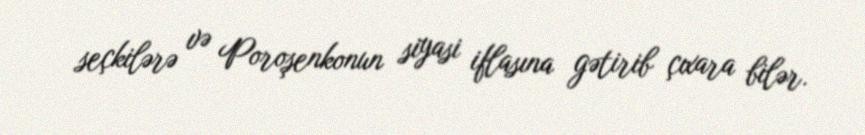
seçkilərə və Poroşenkonun siyasi iflasına gətirib çıxara bilər.